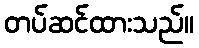
တပ်ဆင်ထားသည်။